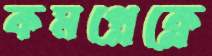
কমপ্লেক্লে